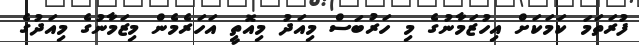
ފުރަތަމަ ކަމަކަށް އިހުޒަމާނުގެ މި ހަރުބަސް މިއަދު މިއޮތީ އަހަރެމެން މިޒަމާނުގެ މިއަދުގެ